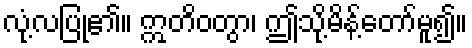
လုံ့လပြု၏။ ဣတိဝတွာ၊ ဤသို့မိန့်တော်မူ၍။